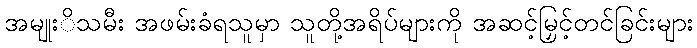
အမျုးိသမီး အဖမ်းခံရသူမှာ သူတို့အရိပ်များကို အဆင့်မြှင့်တင်ခြင်းများ